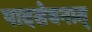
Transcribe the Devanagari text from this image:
पादसेवनात्